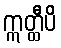
ဣတ္ထီပိ